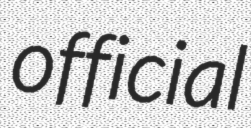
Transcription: official